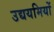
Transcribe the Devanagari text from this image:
उद्ययमियों